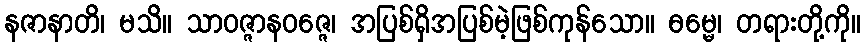
နဇာနာတိ၊ မသိ။ သာဝဇ္ဇာနဝဇ္ဇေ၊ အပြစ်ရှိအပြစ်မဲ့ဖြစ်ကုန်သော။ ဓမ္မေ၊ တရားတို့ကို။